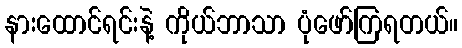
နားထောင်ရင်းနဲ့ ကိုယ်ဘာသာ ပုံဖော်ကြရတယ်။